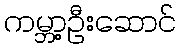
ကမ္ဘာ့ဦးဆောင်